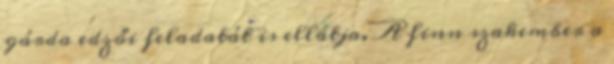
gárda edzői feladatát is ellátja. A finn szakember a